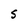
Character: S